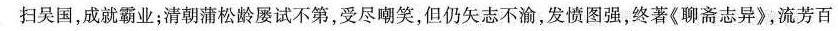
扫吴国，成就霸业；清朝蒲松龄屡试不第，受尽嘲笑，但仍矢志不渝，发愤图强，终著《聊斋志异》，流芳百